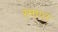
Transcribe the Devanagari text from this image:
स्माप्त